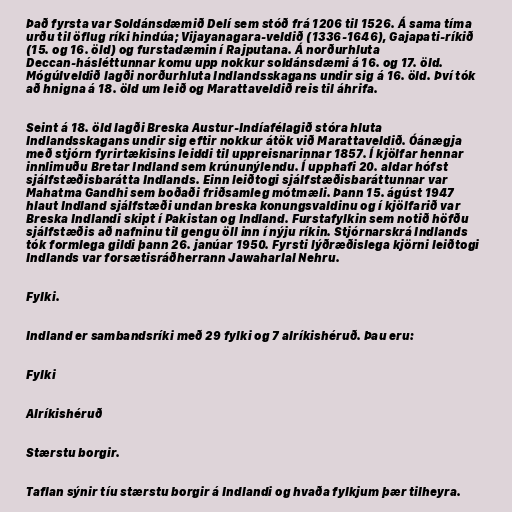
Það fyrsta var Soldánsdæmið Delí sem stóð frá 1206 til 1526. Á sama tíma
urðu til öflug ríki hindúa; Vijayanagara-veldið (1336-1646), Gajapati-ríkið
(15. og 16. öld) og furstadæmin í Rajputana. Á norðurhluta
Deccan-hásléttunnar komu upp nokkur soldánsdæmi á 16. og 17. öld.
Mógúlveldið lagði norðurhluta Indlandsskagans undir sig á 16. öld. Því tók
að hnigna á 18. öld um leið og Marattaveldið reis til áhrifa.

Seint á 18. öld lagði Breska Austur-Indíafélagið stóra hluta
Indlandsskagans undir sig eftir nokkur átök við Marattaveldið. Óánægja
með stjórn fyrirtækisins leiddi til uppreisnarinnar 1857. Í kjölfar hennar
innlimuðu Bretar Indland sem krúnunýlendu. Í upphafi 20. aldar hófst
sjálfstæðisbarátta Indlands. Einn leiðtogi sjálfstæðisbaráttunnar var
Mahatma Gandhi sem boðaði friðsamleg mótmæli. Þann 15. ágúst 1947
hlaut Indland sjálfstæði undan breska konungsvaldinu og í kjölfarið var
Breska Indlandi skipt í Pakistan og Indland. Furstafylkin sem notið höfðu
sjálfstæðis að nafninu til gengu öll inn í nýju ríkin. Stjórnarskrá Indlands
tók formlega gildi þann 26. janúar 1950. Fyrsti lýðræðislega kjörni leiðtogi
Indlands var forsætisráðherrann Jawaharlal Nehru.

Fylki.

Indland er sambandsríki með 29 fylki og 7 alríkishéruð. Þau eru:

Fylki

Alríkishéruð

Stærstu borgir.

Taflan sýnir tíu stærstu borgir á Indlandi og hvaða fylkjum þær tilheyra.